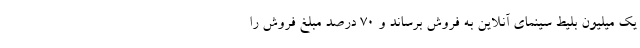
یک میلیون بلیط سینمای آنلاین به فروش برساند و ۷۰ درصد مبلغ فروش را